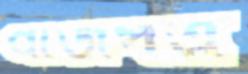
বীজপত্র